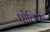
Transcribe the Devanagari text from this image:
पोलियर